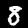
Digit: 8